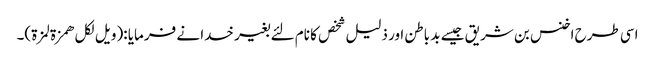
اسی طرح اخنس بن شریق جیسے بد باطن اور ذلیل شخص کا نام لئے بغیر خدا نے فرمایا :(ویل لکل ھمزة لمزة)۔